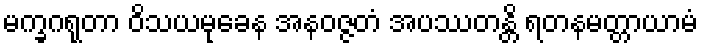
မက္ခဂရုတာ ဝိသယမုခေန အနဝဇ္ဇတံ အပဿတန္တိ ရတနမတ္တာယာမံ